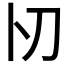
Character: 𠚬